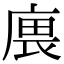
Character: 𢉝